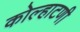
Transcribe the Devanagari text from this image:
कोल्हाटणी